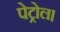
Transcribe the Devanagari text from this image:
पेट्रोल।